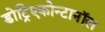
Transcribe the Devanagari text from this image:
डोट्रिएकोन्टानॉल